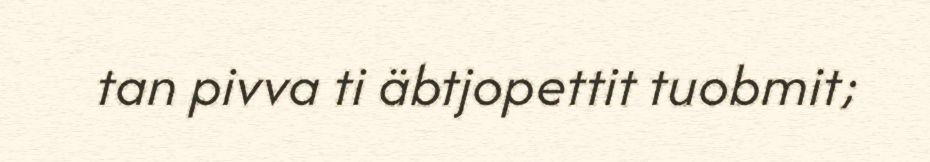
tan pivva ti äbtjopettit tuobmit;